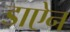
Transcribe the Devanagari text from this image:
डाऐन